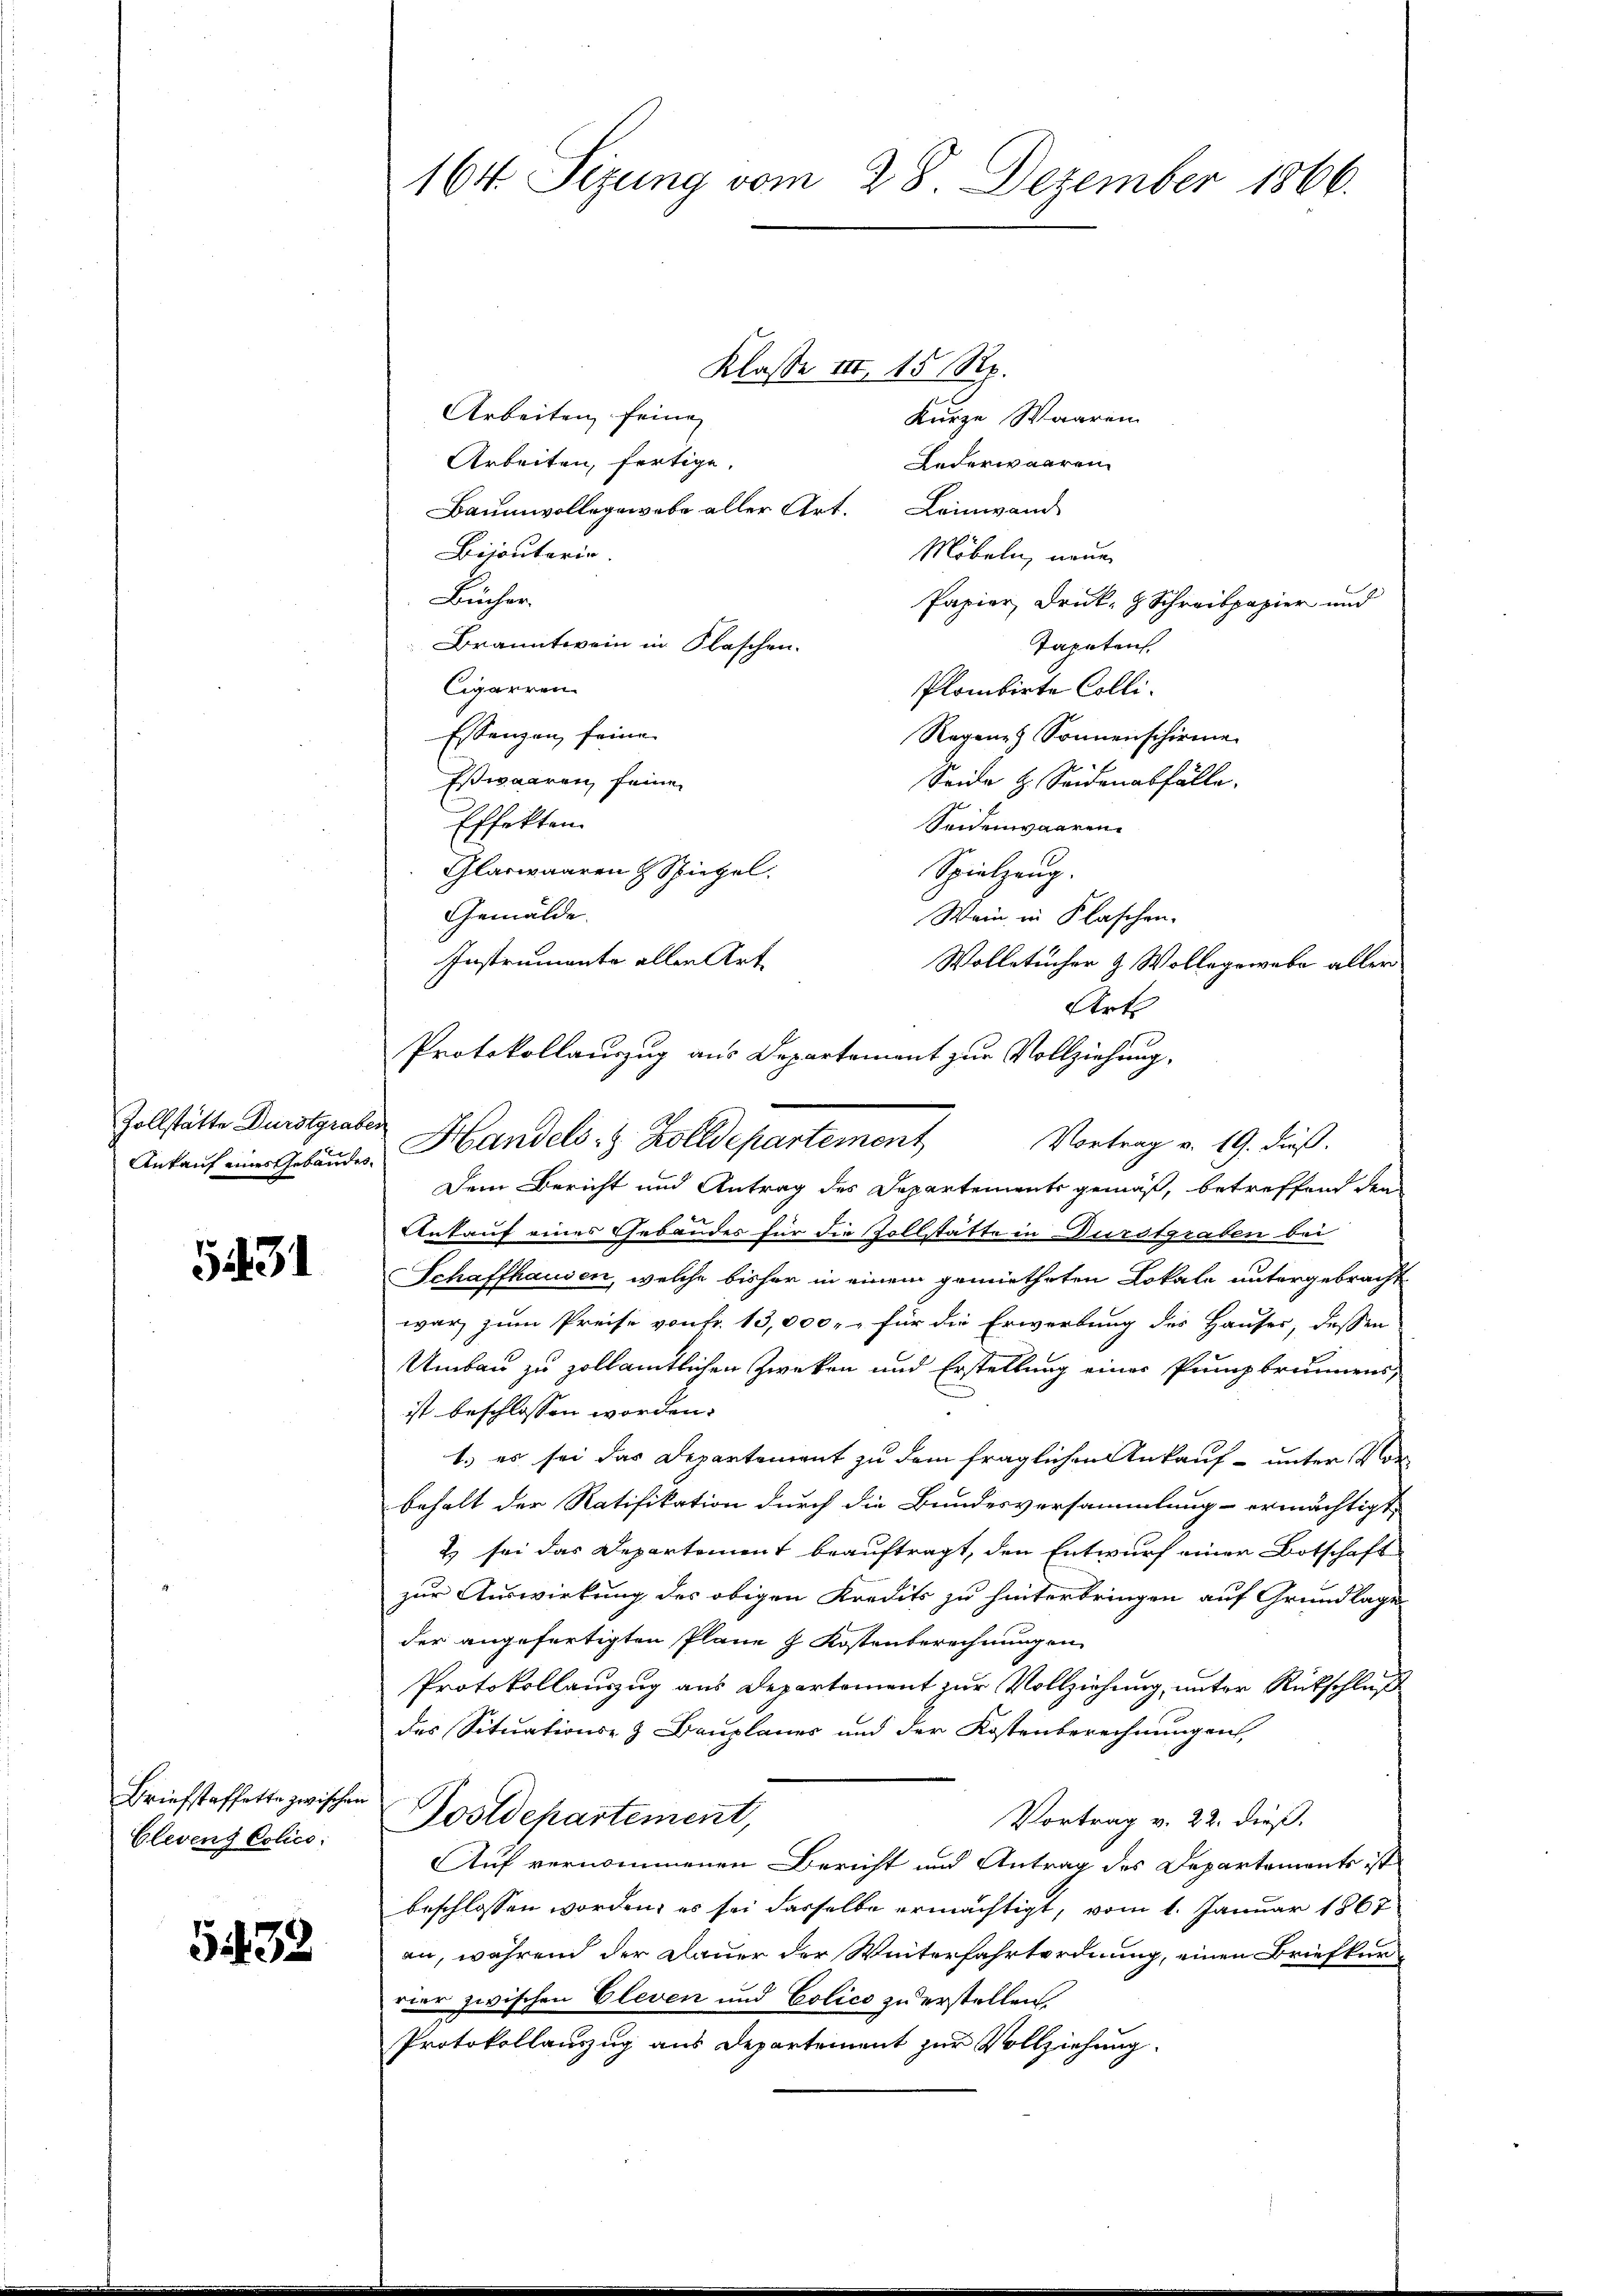
Zollstätte Durstgraben

5431

Briefstaffette zwischen
Cleven Colico

5432

164 Sizung vom 28. Dezember 1866.

Protokollauszug aus Departement zur Vollziehung,
Ankauf einer Gebänder Handels- & Zolldepartement

Klasse III 15 Rp.
Arbeiten feine
Kurze Waaren
Arbeiten, fertige.
Lederwaaren.
Baumwollegewebe aller Art. Leinwand
Bijoutario.
Möbeln, neuen
Buchen.
Papier Druk- & Schreibpapier und
Branntwein in Flaschen.
Tapetent
Cigarren
Plombirte Colli¬
Essenzen seine
Regene Sonnenschirme
Estwaaren seine
Seide z. Seidenabfälle.
Effekten.
Seidenwaaren.
Glaswaaren & Spiegel.
Spielzung.
Gemälde.
Wein in Flaschen.
Instrumente allen Art.
Wolletücher & Wollegewebe aller
Art
Vortrag v. 19. dieß.
Dem Bericht und Antrag des Departements gemäß, betreffend dem
Ankauf eines Gebäudes für die Vollstätte in Durstgraben bei
Schaffhausen, welche bisher in einem gemietheten Lokale untergebracht
war zum Preise von Fr. 13,000.- für die Erwerbung des Hauses, dessen
Umbau zu zollamtlichen Zweken und Erstellung einer Punpbrunnens
ist beschlossen worden.
1. es sei das Departement zu dem fraglichen Ankauf- unter Vorbehalt der Ratifikation durch die Bundesversammlung ermächtigt,
2) sei das Departement beauftragt, den Entwurf einer Botschaft
zur Auswirkung des obigen Kredits zu hinterbringen auf Grundlage
der angefertigten Plane z. Kostenberechnungen
Protokollauszug aus Departement zur Vollziehung, unter Rückschluß
des Situations- & Bauplanes und der Kostenberechnungen,
Postdepartement,
Vortrag v. 22. dieß.
Auf vernommenen Bericht und Antrag des Departements ist
beschlossen worden, es sei dasselbe ermächtigt, vom 1. Januar 1867
an, während der Dauer der Winterfahrtordnung, einen Briefkurrier zwischen Eleven und Colico zu erstellen.
Protokollanzug aus Departement zur Vollziehung.